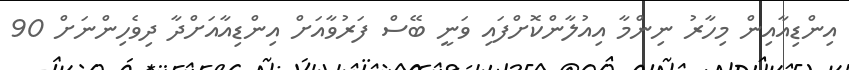
އިންޑިއާއިން މިހާރު ނިންމާ އިއުލާންކޮށްފައި ވަނީ ބޭސް ފަރުވާއަށް އިންޑިއާއަށްދާ ދިވެހިންނަށް 90